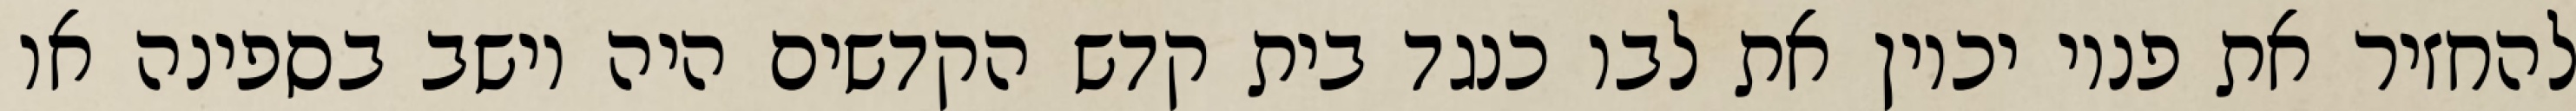
להחזיר את פניו יכוין את לבו כנגד בית קדש הקדשים היה יושב בספינה או